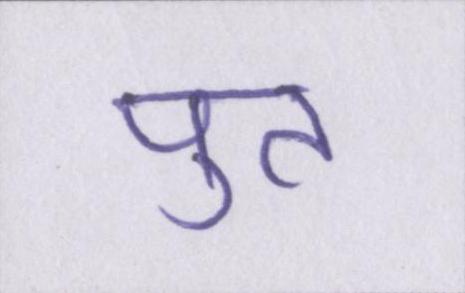
पुत